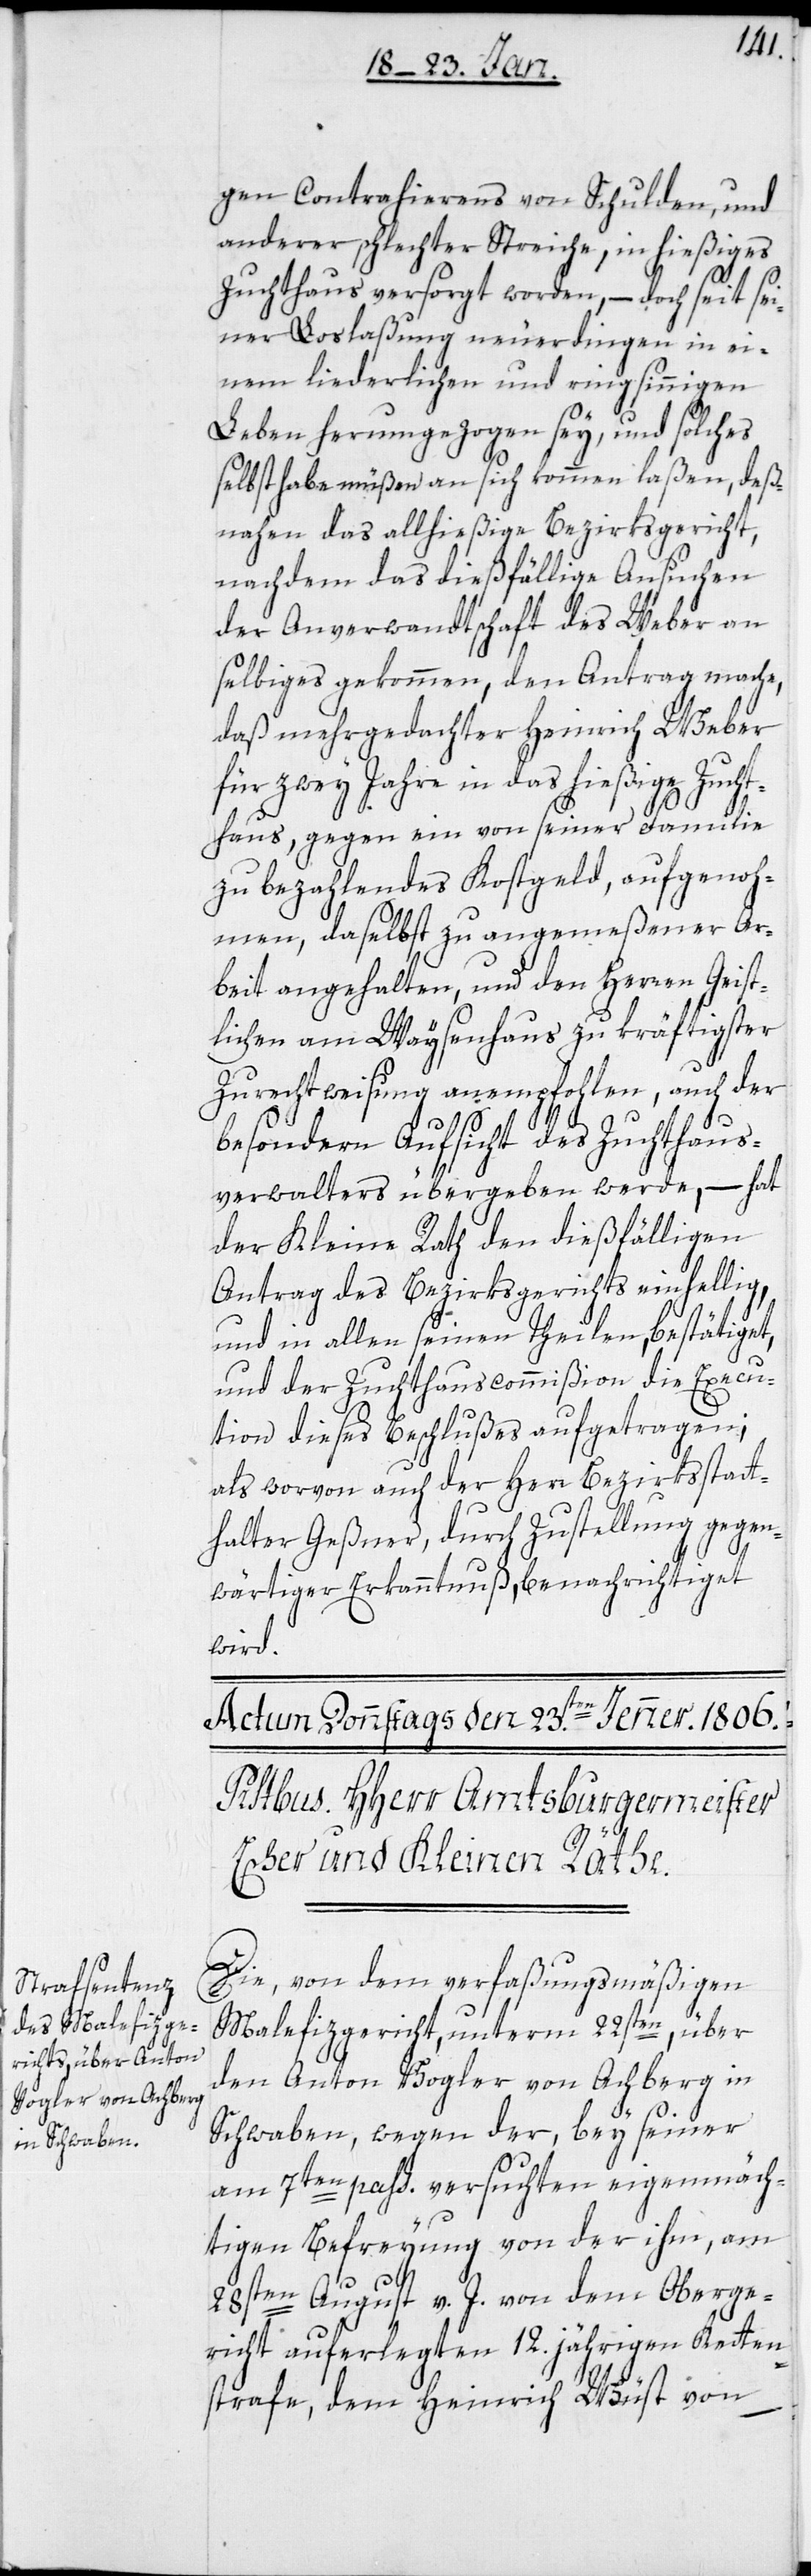
gen Contrahierens von Schulden, und
anderer schlechter Streiche, in hießiges
Zuchthaus versorgt worden, – doch seit sei¬
ner Loslaßung neuerdingen in ei¬
nem liederlichen und ringsinnigen
Leben herumgezogen sey, und solches
selbst habe müßen an sich kommen laßen, deß¬
nahen das allhießige Bezirksgericht,
nachdem das dießfällige Ansuchen
der Anverwandtschaft des Weber an
selbiges gekommen, den Antrag mache,
daß mehrgedachter Heinrich Weber
für zwey Jahre in das hießige Zucht¬
haus, gegen ein von seiner Familie
zu bezahlendes Kostgeld, aufgenoh¬
men, daselbst zu angemeßener Ar¬
beit angehalten, und den Herren Geist¬
lichen am Waysenhaus zu kräftigster
Zurechtweisung anempfohlen, auch der
besondern Aufsicht des Zuchthaus¬
verwalters übergeben werde, – hat
der Kleine Rath den dießfälligen
Antrag des Bezirksgerichts einhellig,
und in allen seinen Theilen bestätiget,
und der Zuchthauscommißion die Execu¬
tion dieses Beschlußes aufgetragen;
als worvon auch der Herr Bezirksstatt¬
halter Geßner, durch Zustellung gegen¬
wärtiger Erkanntnuß, benachrichtiget
wird.
Die, von dem verfaßungsmäßigen
Malefizgericht, unterm 22sten, über
den Anton Vogler von Achberg in
Schwaben, wegen der, bey seiner
am 7ten pass. versuchten eigenmäch¬
tigen Befreyung von der ihm, am
28sten August v. J. von dem Oberge¬
richt auferlegten 12.jährigen Ketten¬
strafe, dem Heinrich Wüst von